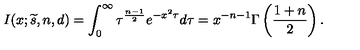
I ( x ; { \widetilde s } , n , d ) = \int _ { 0 } ^ { \infty } \tau ^ { { \frac { n - 1 } { 2 } } } e ^ { - x ^ { 2 } \tau } d \tau = x ^ { - n - 1 } \Gamma \left( { \frac { 1 + n } { 2 } } \right) .